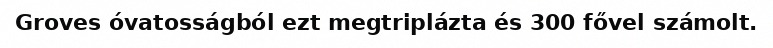
Groves óvatosságból ezt megtriplázta és 300 fővel számolt.